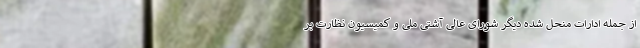
از جمله ادارات منحل شده دیگر شورای عالی آشتی ملی و کمیسیون نظارت بر